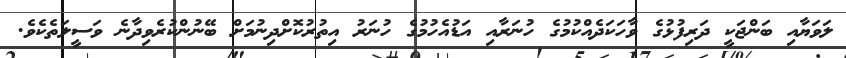
ލަވަޔާއި ބަންޖަކީ ދަރިފުޅުގެ ވާހަކަދެއްކުމުގެ ހުނަރާއި އަޑުއެހުމުގެ ހުނަރު އިތުރުކޮށްދިނުމަށް ބޭނުންކުރެވިދާނެ ވަސީލަތެކެވެ.